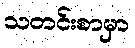
သတင်းစာမှာ